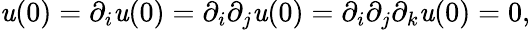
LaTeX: \mathit{u}(0)=\partial_{i}\mathit{u}(0)=\partial_{i}\partial_{j}\mathit{u}(0)=\partial_{i}\partial_{j}\partial_{k}\mathit{u}(0)=0,